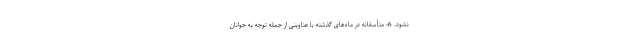
نشود. 6- متأسفانه در ماه‌های گذشته با عناوینی از جمله توجه به جوانان